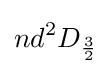
nd^{2}D_{\frac {3}{2}}